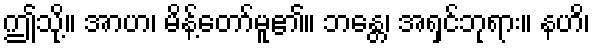
ဤသို့။ အာဟ၊ မိန့်တော်မူ၏။ ဘန္တေ၊ အရှင်ဘုရား။ နဟိ၊